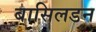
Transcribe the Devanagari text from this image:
बासिलडन